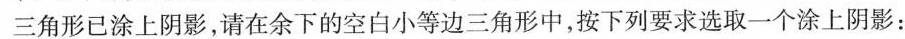
三角形已涂上阴影，请在余下的空白小等边三角形中，按下列要求选取一个涂上阴影: